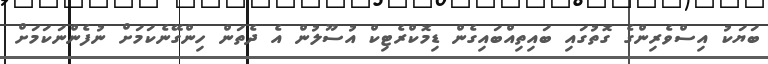
ބަޔަކު އިސްވެރިންގެ ގޮތުގައި ބައިތިއްބައިގެން ޑިމޮކްރެޓިކް އުސޫލުން އެ ދެތަން ހިންގޭނެކަމަށް ނުފެންނަކަމަށް